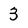
Character: 3